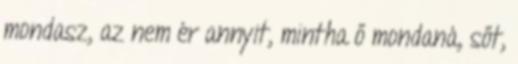
mondasz, az nem ér annyit, mintha ő mondaná, sőt,